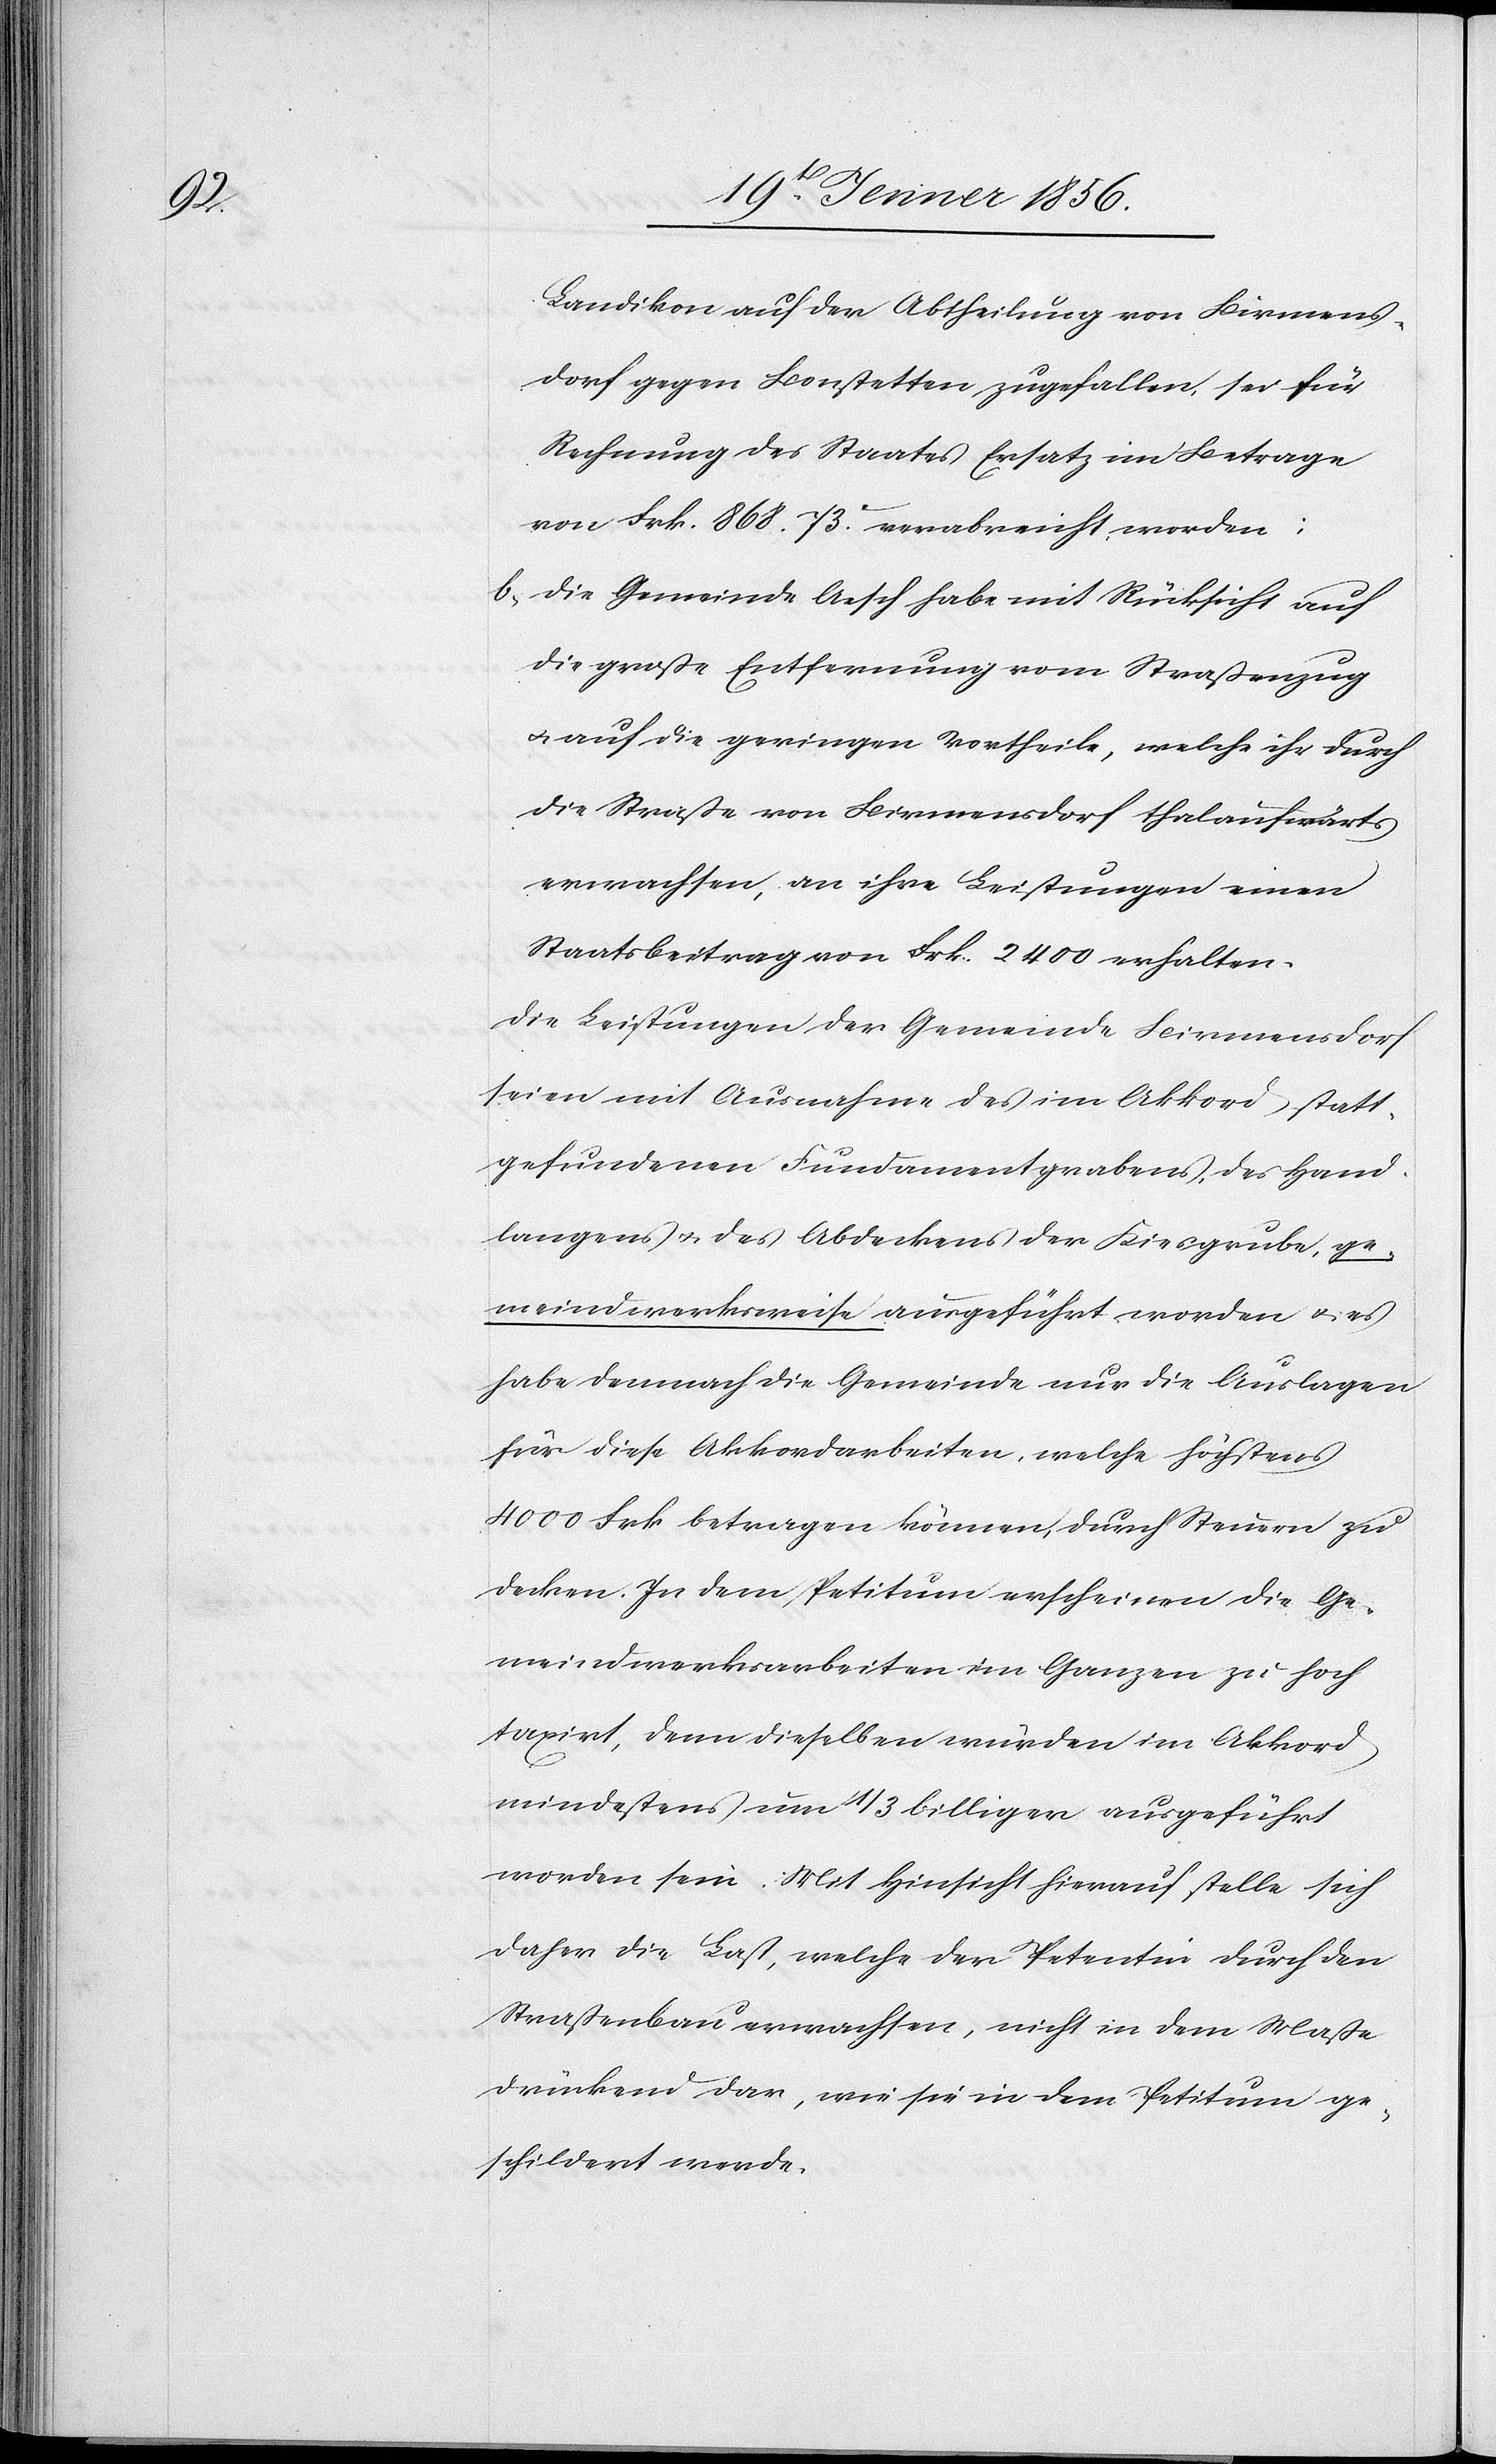
Landikon auf der Abtheilung von Birmens¬
dorf gegen Bonstetten zugefallen, sei für
Rechnung des Staates Ersatz im Betrage
von Frk. 868. 73Rp. verabreicht worden;
b, Die Gemeinde Aesch habe mit Rücksicht auf
die große Entfernung vom Straßenzug
u. auf die geringen Vortheile, welche ihr durch
die Straße von Birmensdorf thalaufwärts
erwachsen, an ihre Leistungen einen
Staatsbeitrag von Frk. 2400 erhalten.
Die Leistungen der Gemeinde Birmensdorf
seien mit Ausnahme des im Akkord statt¬
gefundenen Fundamentgrabens, des Hand¬
langens u. des Abdeckens der Kiesgrube, ge¬
meindwerksweise ausgeführt worden u. es
habe demnach die Gemeinde nur die Auslagen
für diese Akkordarbeiten, welche höchstens
4000 Frk betragen können, durch Steuern zu
decken. In dem Petitum erscheinen die Ge¬
meindwerksarbeiten im Ganzen zu hoch¬
taxirt, denn dieselben wurden im Akkord
mindestens um ⅓ billiger ausgeführt
worden sein. Mit Hinsicht hierauf stelle sich
daher die Last, welche der Petentin durch den
Straßenbau erwachsen, nicht in dem Maße
drückend dar, wie sie in dem Petitum ge¬
schildert werde.